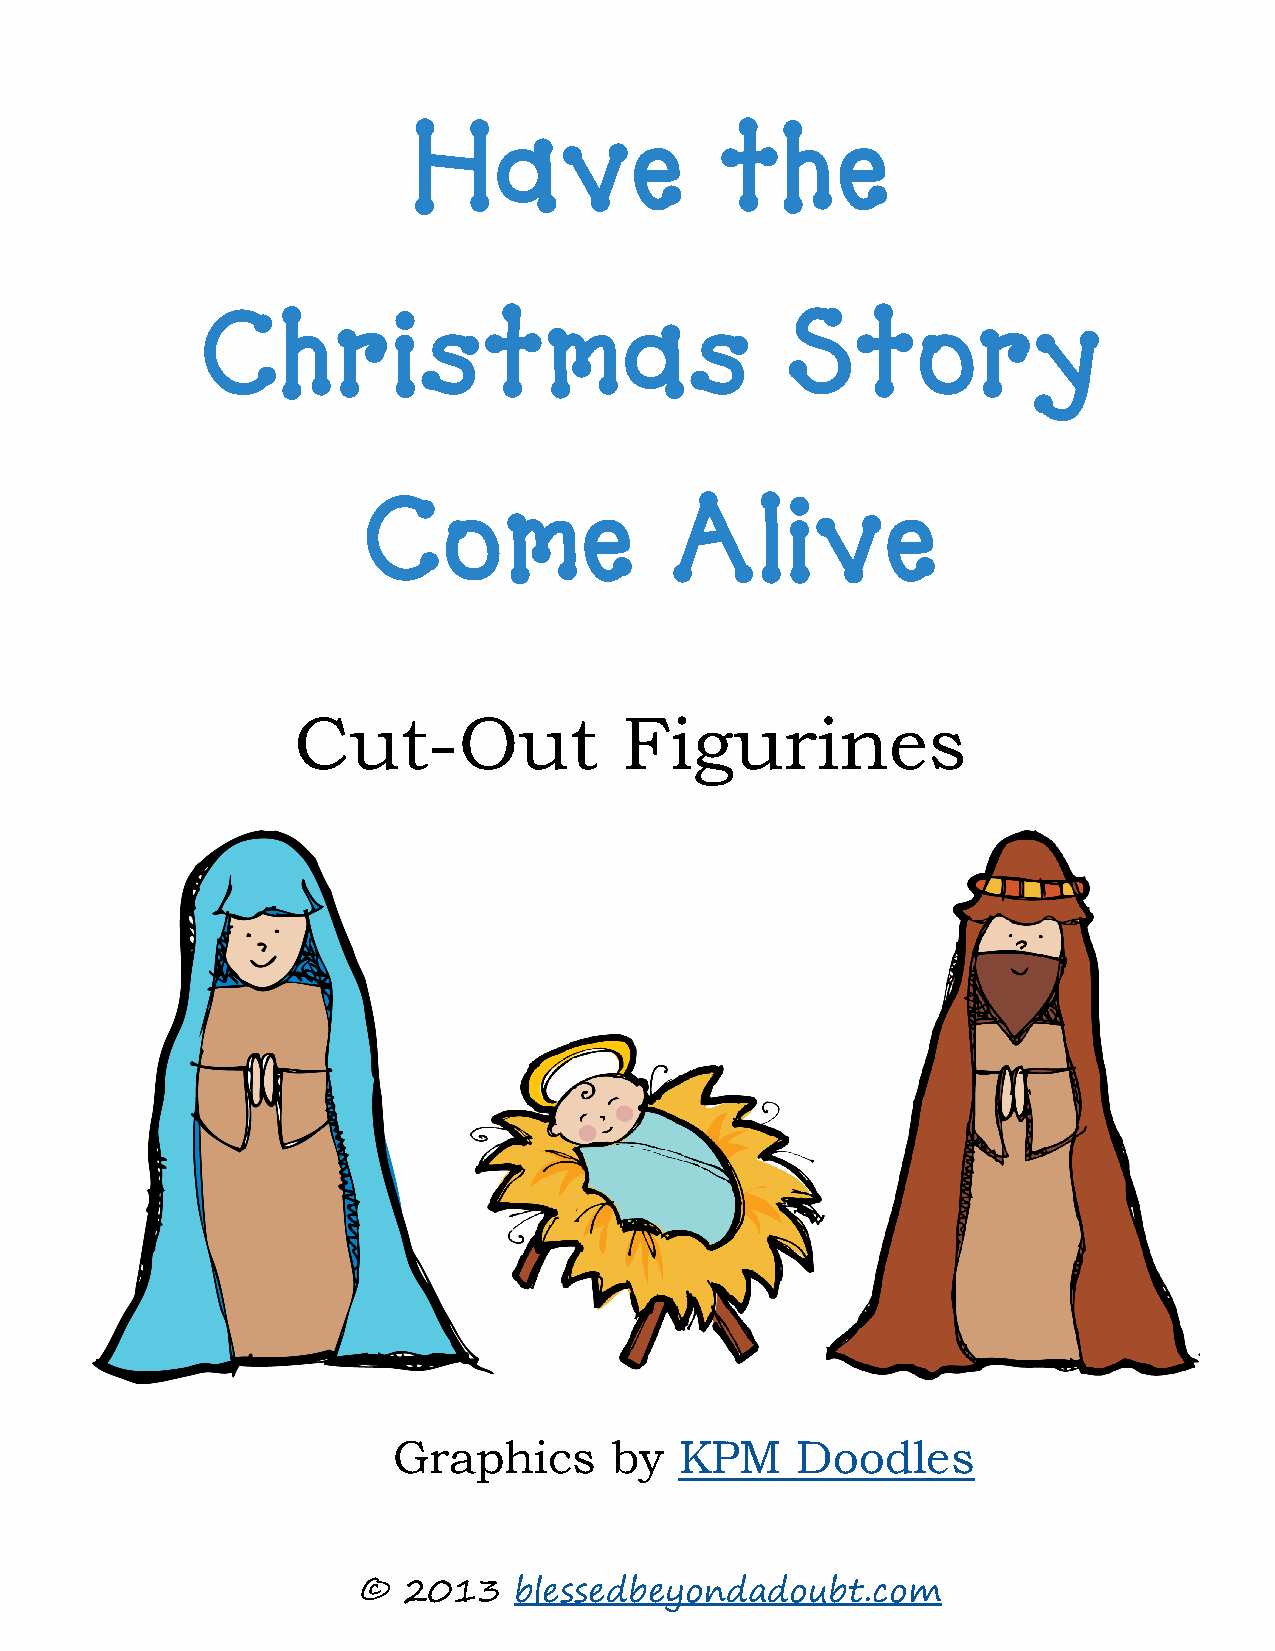
Have                 the
 Christmas                              Story
 Come                Alive
 Cut-Out               Figurines
 Graphics      by   KPM     Doodles
 ©  2013   blessedbeyondadoubt.com